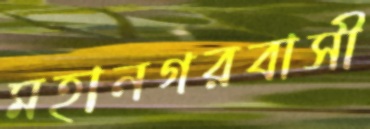
মহানগরবাসী